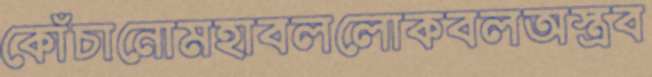
কোঁচানোমহাবললোকবলঅস্ত্রব